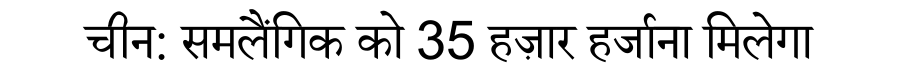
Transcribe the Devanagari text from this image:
चीन: समलैंगिक को 35 हज़ार हर्जाना मिलेगा